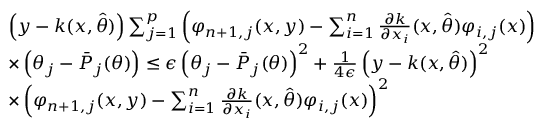
\begin{array} { r l } & { \left( y - k ( x , \hat { \theta } ) \right) \sum _ { j = 1 } ^ { p } \left( \varphi _ { n + 1 , j } ( x , y ) - \sum _ { i = 1 } ^ { n } \frac { \partial k } { \partial x _ { i } } ( x , \hat { \theta } ) \varphi _ { i , j } ( x ) \right) } \\ & { \times \left( \theta _ { j } - \bar { P } _ { j } ( \theta ) \right) \leq \epsilon \left( \theta _ { j } - \bar { P } _ { j } ( \theta ) \right) ^ { 2 } + \frac { 1 } { 4 \epsilon } \left( y - k ( x , \hat { \theta } ) \right) ^ { 2 } } \\ & { \times \left( \varphi _ { n + 1 , j } ( x , y ) - \sum _ { i = 1 } ^ { n } \frac { \partial k } { \partial x _ { i } } ( x , \hat { \theta } ) \varphi _ { i , j } ( x ) \right) ^ { 2 } } \end{array}